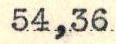
54,36